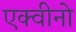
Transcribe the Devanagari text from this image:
एक्वीनो